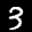
Label: 3